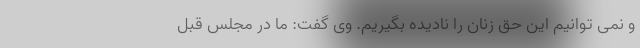
و نمی توانیم این حق زنان را نادیده بگیریم. وی گفت: ما در مجلس قبل